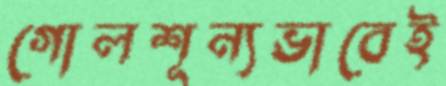
গোলশূন্যভাবেই